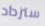
ستزداد